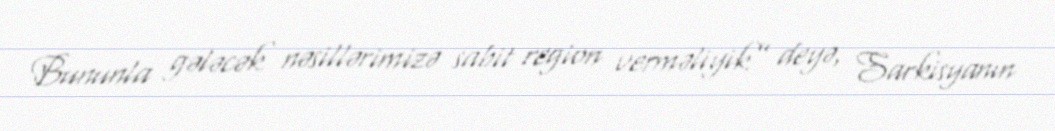
Bununla gələcək nəsillərimizə sabit region verməliyik” deyə, Sarkisyanın